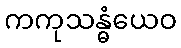
ကကုသန္ဓံယေဝ